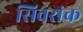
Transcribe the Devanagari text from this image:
सिवरांक